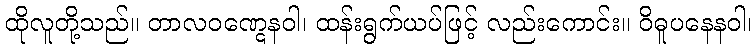
ထိုလူတို့သည်။ တာလဝဏ္ဋေနဝါ၊ ထန်းရွက်ယပ်ဖြင့် လည်းကောင်း။ ဝိဓူပနေနဝါ၊